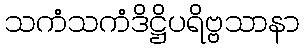
သကံသကံဒိဋ္ဌိပရိဗ္ဗသာနာ